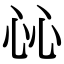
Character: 𢗰